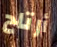
أرتاح